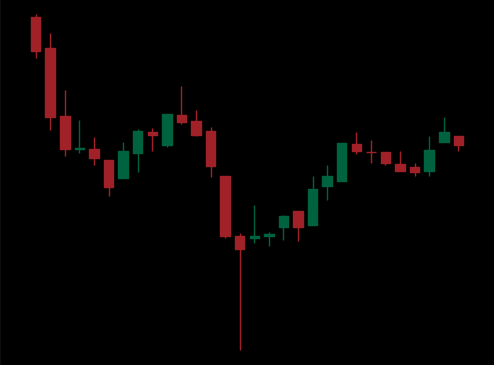
Pattern: inverse_head_shoulders